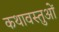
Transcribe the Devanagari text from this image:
कथावस्तुओं